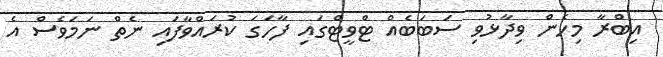
އިބްރާ މިހެން ވިދާޅުވި ސަބަބެއް ޓްވީޓްގައި ފާހަގަ ކުރައްވާފައި ނެތް ނަމަވެސް އެ